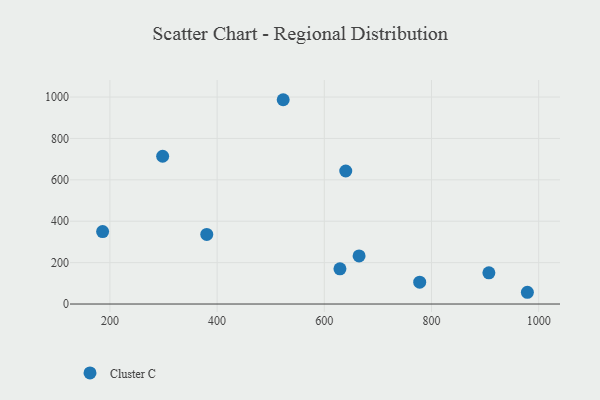
{"axis": {"x": "Study Hours", "y": "Fuel Efficiency"}, "legend": ["Cluster C"], "data": [{"x": "186.4", "y": 349.8, "type": "Cluster C"}, {"x": "298.4", "y": 713.9, "type": "Cluster C"}, {"x": "629.2", "y": 169.9, "type": "Cluster C"}, {"x": "907.1", "y": 150.9, "type": "Cluster C"}, {"x": "523.3", "y": 987.0, "type": "Cluster C"}, {"x": "640.0", "y": 642.7, "type": "Cluster C"}, {"x": "380.7", "y": 336.3, "type": "Cluster C"}, {"x": "978.9", "y": 56.8, "type": "Cluster C"}, {"x": "664.9", "y": 232.5, "type": "Cluster C"}, {"x": "778.0", "y": 105.5, "type": "Cluster C"}]}